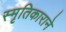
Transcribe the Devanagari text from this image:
स्मृतिकाराने